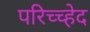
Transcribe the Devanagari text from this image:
परिच्च्हेद